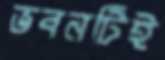
ভবনটিই